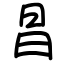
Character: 昌